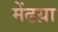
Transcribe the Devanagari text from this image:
मेंढय़ा